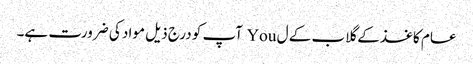
عام کاغذ کے گلاب کے ل You آپ کو درج ذیل مواد کی ضرورت ہے۔